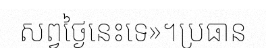
សព្វថ្ងៃនេះទេ»។ប្រធាន